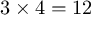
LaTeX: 3 \times 4 = 1 2